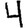
Digit: 4